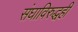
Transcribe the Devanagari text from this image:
संघाविरुद्धही